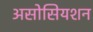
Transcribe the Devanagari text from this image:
असोसियशन